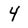
Character: 4